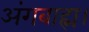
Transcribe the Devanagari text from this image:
अंगबाह्म।